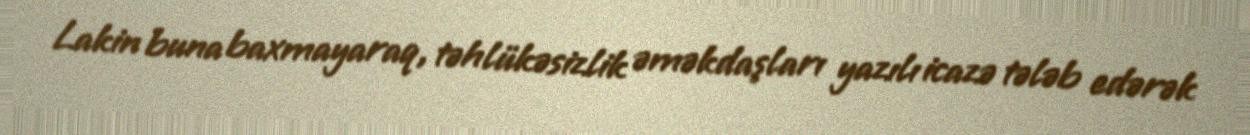
Lakin buna baxmayaraq, təhlükəsizlik əməkdaşları yazılı icazə tələb edərək